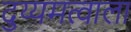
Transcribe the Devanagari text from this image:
दुय्यमत्वाला